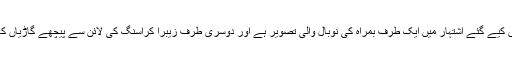
پولیس کی جانب سےآویزاں کیے گئے اشتہار میں ایک طرف بمراہ کی نوبال والی تصویر ہے اور دوسری طرف زیبرا کراسنگ کی لائن سے پیچھے گاڑیاں کھڑی دکھائی دے رہی ہیں۔